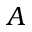
A